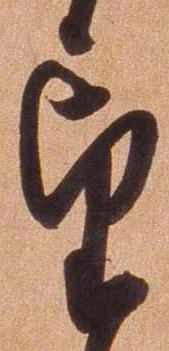
望